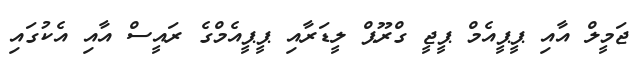
ޖަމީލް އާއި ޕީޕީއެމް ޕީޖީ ގްރޫޕް ލީޑަރާއި ޕީޕީއެމްގެ ރައީސް އާއި އެކުގައި